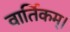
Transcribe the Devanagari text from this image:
वार्तिकम्।